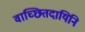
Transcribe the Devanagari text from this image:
वाच्छितदायिनि